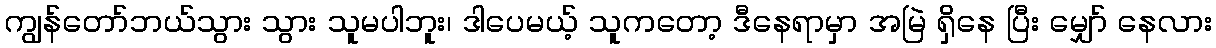
ကျွန်တော်ဘယ်သွား သွား သူမပါဘူး၊ ဒါပေမယ့် သူကတော့ ဒီနေရာမှာ အမြဲ ရှိနေ ပြီး မျှော် နေလား